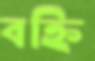
বহ্নি